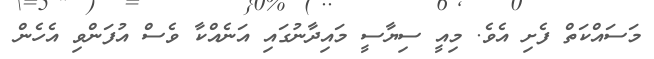
މަސައްކަތް ފެށި އެވެ. މިއީ ސިޔާސީ މައިދާނުގައި އަނެއްކާ ވެސް އުފަންވި އެހެން